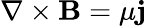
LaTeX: \mathbf{\nabla}\times\mathbf{B}=\mu\mathbf{j}